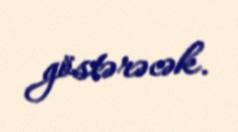
göstərəcək.